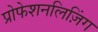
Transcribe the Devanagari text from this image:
प्रोफेशनलिज़िंग